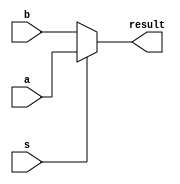
module mux (a,b,s,result);
input a , b , s;
output result;
assign result = (s == 0)?b:a;
endmodule

module barrelshift_left (a,sm,out);
input [24:0] a; // 25 bit input value
input [4:0] sm;// shift magnitude value
output [24:0] out; // output value

wire l1_1,l1_2,l1_3,l1_4,l1_5,l1_6,l1_7,l1_8,l1_9,l1_10,l1_11,l1_12,l1_13,l1_14,l1_15,l1_16,l1_17,l1_18,l1_19,l1_20,l1_21,l1_22,l1_23,l1_24,l1_25;
wire l2_1,l2_2,l2_3,l2_4,l2_5,l2_6,l2_7,l2_8,l2_9,l2_10,l2_11,l2_12,l2_13,l2_14,l2_15,l2_16,l2_17,l2_18,l2_19,l2_20,l2_21,l2_22,l2_23,l2_24,l2_25;
wire l3_1,l3_2,l3_3,l3_4,l3_5,l3_6,l3_7,l3_8,l3_9,l3_10,l3_11,l3_12,l3_13,l3_14,l3_15,l3_16,l3_17,l3_18,l3_19,l3_20,l3_21,l3_22,l3_23,l3_24,l3_25;
wire l4_1,l4_2,l4_3,l4_4,l4_5,l4_6,l4_7,l4_8,l4_9,l4_10,l4_11,l4_12,l4_13,l4_14,l4_15,l4_16,l4_17,l4_18,l4_19,l4_20,l4_21,l4_22,l4_23,l4_24,l4_25;

mux s1(1'b0,a[0],sm[0],l1_1);
mux s2(a[0],a[1],sm[0],l1_2);
mux s3(a[1],a[2],sm[0],l1_3);
mux s4(a[2],a[3],sm[0],l1_4);
mux s5(a[3],a[4],sm[0],l1_5);
mux s6(a[4],a[5],sm[0],l1_6);
mux s7(a[5],a[6],sm[0],l1_7);
mux s8(a[6],a[7],sm[0],l1_8);
mux s9(a[7],a[8],sm[0],l1_9);
mux s10(a[8],a[9],sm[0],l1_10);
mux s11(a[9],a[10],sm[0],l1_11);
mux s12(a[10],a[11],sm[0],l1_12);
mux s13(a[11],a[12],sm[0],l1_13);
mux s14(a[12],a[13],sm[0],l1_14);
mux s15(a[13],a[14],sm[0],l1_15);
mux s16(a[14],a[15],sm[0],l1_16);
mux s17(a[15],a[16],sm[0],l1_17);
mux s18(a[16],a[17],sm[0],l1_18);
mux s19(a[17],a[18],sm[0],l1_19);
mux s20(a[18],a[19],sm[0],l1_20);
mux s21(a[19],a[20],sm[0],l1_21);
mux s22(a[20],a[21],sm[0],l1_22);
mux s23(a[21],a[22],sm[0],l1_23);
mux s24(a[22],a[23],sm[0],l1_24);
mux s25(a[23],a[24],sm[0],l1_25);

mux b1(1'b0,l1_1,sm[1],l2_1);
mux b2(1'b0,l1_2,sm[1],l2_2);
mux b3(l1_1,l1_3,sm[1],l2_3);
mux b4(l1_2,l1_4,sm[1],l2_4);
mux b5(l1_3,l1_5,sm[1],l2_5);
mux b6(l1_4,l1_6,sm[1],l2_6);
mux b7(l1_5,l1_7,sm[1],l2_7);
mux b8(l1_6,l1_8,sm[1],l2_8);
mux b9(l1_7,l1_9,sm[1],l2_9);
mux b10(l1_8,l1_10,sm[1],l2_10);
mux b11(l1_9,l1_11,sm[1],l2_11);
mux b12(l1_10,l1_12,sm[1],l2_12);
mux b13(l1_11,l1_13,sm[1],l2_13);
mux b14(l1_12,l1_14,sm[1],l2_14);
mux b15(l1_13,l1_15,sm[1],l2_15);
mux b16(l1_14,l1_16,sm[1],l2_16);
mux b17(l1_15,l1_17,sm[1],l2_17);
mux b18(l1_16,l1_18,sm[1],l2_18);
mux b19(l1_17,l1_19,sm[1],l2_19);
mux b20(l1_18,l1_20,sm[1],l2_20);
mux b21(l1_19,l1_21,sm[1],l2_21);
mux b22(l1_20,l1_22,sm[1],l2_22);
mux b23(l1_21,l1_23,sm[1],l2_23);
mux b24(l1_22,l1_24,sm[1],l2_24);
mux b25(l1_23,l1_25,sm[1],l2_25);


mux c1(1'b0,l2_1,sm[2],l3_1);
mux c2(1'b0,l2_2,sm[2],l3_2);
mux c3(1'b0,l2_3,sm[2],l3_3);
mux c4(1'b0,l2_4,sm[2],l3_4);
mux c5(l2_1,l2_5,sm[2],l3_5);
mux c6(l2_2,l2_6,sm[2],l3_6);
mux c7(l2_3,l2_7,sm[2],l3_7);
mux c8(l2_4,l2_8,sm[2],l3_8);
mux c9(l2_5,l2_9,sm[2],l3_9);
mux c10(l2_6,l2_10,sm[2],l3_10);
mux c11(l2_7,l2_11,sm[2],l3_11);
mux c12(l2_8,l2_12,sm[2],l3_12);
mux c13(l2_9,l2_13,sm[2],l3_13);
mux c14(l2_10,l2_14,sm[2],l3_14);
mux c15(l2_11,l2_15,sm[2],l3_15);
mux c16(l2_12,l2_16,sm[2],l3_16);
mux c17(l2_13,l2_17,sm[2],l3_17);
mux c18(l2_14,l2_18,sm[2],l3_18);
mux c19(l2_15,l2_19,sm[2],l3_19);
mux c20(l2_16,l2_20,sm[2],l3_20);
mux c21(l2_17,l2_21,sm[2],l3_21);
mux c22(l2_18,l2_22,sm[2],l3_22);
mux c23(l2_19,l2_23,sm[2],l3_23);
mux c24(l2_20,l2_24,sm[2],l3_24);
mux c25(l2_21,l2_25,sm[2],l3_25);

mux d1(1'b0,l3_1,sm[3],l4_1);
mux d2(1'b0,l3_2,sm[3],l4_2);
mux d3(1'b0,l3_3,sm[3],l4_3);
mux d4(1'b0,l3_4,sm[3],l4_4);
mux d5(1'b0,l3_5,sm[3],l4_5);
mux d6(1'b0,l3_6,sm[3],l4_6);
mux d7(1'b0,l3_7,sm[3],l4_7);
mux d8(1'b0,l3_8,sm[3],l4_8);
mux d9(l3_1,l3_9,sm[3],l4_9);
mux d10(l3_2,l3_10,sm[3],l4_10);
mux d11(l3_3,l3_11,sm[3],l4_11);
mux d12(l3_4,l3_12,sm[3],l4_12);
mux d13(l3_5,l3_13,sm[3],l4_13);
mux d14(l3_6,l3_14,sm[3],l4_14);
mux d15(l3_7,l3_15,sm[3],l4_15);
mux d16(l3_8,l3_16,sm[3],l4_16);
mux d17(l3_9,l3_17,sm[3],l4_17);
mux d18(l3_10,l3_18,sm[3],l4_18);
mux d19(l3_11,l3_19,sm[3],l4_19);
mux d20(l3_12,l3_20,sm[3],l4_20);
mux d21(l3_13,l3_21,sm[3],l4_21);
mux d22(l3_14,l3_22,sm[3],l4_22);
mux d23(l3_15,l3_23,sm[3],l4_23);
mux d24(l3_16,l3_24,sm[3],l4_24);
mux d25(l3_17,l3_25,sm[3],l4_25);

mux f1(1'b0,l4_1,sm[4],out[0]);
mux f2(1'b0,l4_2,sm[4],out[1]);
mux f3(1'b0,l4_3,sm[4],out[2]);
mux f4(1'b0,l4_4,sm[4],out[3]);
mux f5(1'b0,l4_5,sm[4],out[4]);
mux f6(1'b0,l4_6,sm[4],out[5]);
mux f7(1'b0,l4_7,sm[4],out[6]);
mux f8(1'b0,l4_8,sm[4],out[7]);
mux f9(1'b0,l4_9,sm[4],out[8]);
mux f10(1'b0,l4_10,sm[4],out[9]);
mux f11(1'b0,l4_11,sm[4],out[10]);
mux f12(1'b0,l4_12,sm[4],out[11]);
mux f13(1'b0,l4_13,sm[4],out[12]);
mux f14(1'b0,l4_14,sm[4],out[13]);
mux f15(1'b0,l4_15,sm[4],out[14]);
mux f16(1'b0,l4_16,sm[4],out[15]);
mux f17(l3_1,l3_17,sm[4],out[16]);
mux f18(l3_2,l3_18,sm[4],out[17]);
mux f19(l3_3,l3_19,sm[4],out[18]);
mux f20(l3_4,l3_20,sm[4],out[19]);
mux f21(l3_5,l3_21,sm[4],out[20]);
mux f22(l3_6,l3_22,sm[4],out[21]);
mux f23(l3_7,l3_23,sm[4],out[22]);
mux f24(l3_8,l3_24,sm[4],out[23]);
mux f25(l3_9,l3_25,sm[4],out[24]);


endmodule

module barrelshift_right(a,sm,out);   

input[23:0] a;//24-bit Input line 
input[4:0] sm; //5 bit Shift magnitude
output[23:0] out; //8-bit Output line 

wire l1_1, l1_2, l1_3, l1_4, l1_5, l1_6, l1_7, l1_8, l1_9, l1_10, l1_11, l1_12, l1_13, l1_14, l1_15, l1_16, l1_17, l1_18, l1_19, l1_20, l1_21, l1_22, l1_23, l1_24;
wire l2_1, l2_2, l2_3, l2_4, l2_5, l2_6, l2_7, l2_8, l2_9, l2_10, l2_11, l2_12, l2_13, l2_14, l2_15, l2_16, l2_17, l2_18, l2_19, l2_20, l2_21, l2_22, l2_23, l2_24;
wire l3_1, l3_2, l3_3, l3_4, l3_5, l3_6, l3_7, l3_8, l3_9, l3_10, l3_11, l3_12, l3_13, l3_14, l3_15, l3_16, l3_17, l3_18, l3_19, l3_20, l3_21, l3_22, l3_23, l3_24;
wire l4_1, l4_2, l4_3, l4_4, l4_5, l4_6, l4_7, l4_8, l4_9, l4_10, l4_11, l4_12, l4_13, l4_14, l4_15, l4_16, l4_17, l4_18, l4_19, l4_20, l4_21, l4_22, l4_23, l4_24;


mux m1(a[1], a[0], sm[0], l1_1);
mux m2(a[2], a[1], sm[0], l1_2);
mux m3(a[3], a[2], sm[0], l1_3);
mux m4(a[4], a[3], sm[0], l1_4);
mux m5(a[5], a[4], sm[0], l1_5);
mux m6(a[6], a[5], sm[0], l1_6);
mux m7(a[7], a[6], sm[0], l1_7);
mux m8(a[8], a[7], sm[0], l1_8);
mux m9(a[9], a[8], sm[0], l1_9);
mux m10(a[10], a[9], sm[0], l1_10);
mux m11(a[11], a[10], sm[0], l1_11);
mux m12(a[12], a[11], sm[0], l1_12);
mux m13(a[13], a[12], sm[0], l1_13);
mux m14(a[14], a[13], sm[0], l1_14);
mux m15(a[15], a[14], sm[0], l1_15);
mux m16(a[16], a[15], sm[0], l1_16);
mux m17(a[17], a[16], sm[0], l1_17);
mux m18(a[18], a[17], sm[0], l1_18);
mux m19(a[19], a[18], sm[0], l1_19);
mux m20(a[20], a[19], sm[0], l1_20);
mux m21(a[21], a[20], sm[0], l1_21);
mux m22(a[22], a[21], sm[0], l1_22);
mux m23(a[23], a[22], sm[0], l1_23);
mux m24(1'b0, a[23], sm[0], l1_24);

mux u1(l1_3, l1_1, sm[1], l2_1);
mux u2(l1_4, l1_2, sm[1], l2_2);
mux u3(l1_5, l1_3, sm[1], l2_3);
mux u4(l1_6, l1_4, sm[1], l2_4);
mux u5(l1_7, l1_5, sm[1], l2_5);
mux u6(l1_8, l1_6, sm[1], l2_6);
mux u7(l1_9, l1_7, sm[1], l2_7);
mux u8(l1_10, l1_8, sm[1], l2_8);
mux u9(l1_11, l1_9, sm[1], l2_9);
mux u10(l1_12, l1_10, sm[1], l2_10);
mux u11(l1_13, l1_11, sm[1], l2_11);
mux u12(l1_14, l1_12, sm[1], l2_12);
mux u13(l1_15, l1_13, sm[1], l2_13);
mux u14(l1_16, l1_14, sm[1], l2_14);
mux u15(l1_17, l1_15, sm[1], l2_15);
mux u16(l1_18, l1_16, sm[1], l2_16);
mux u17(l1_19, l1_17, sm[1], l2_17);
mux u18(l1_20, l1_18, sm[1], l2_18);
mux u19(l1_21, l1_19, sm[1], l2_19);
mux u20(l1_22, l1_20, sm[1], l2_20);
mux u21(l1_23, l1_21, sm[1], l2_21);
mux u22(l1_24, l1_22, sm[1], l2_22);
mux u23(1'b0, l1_23, sm[1], l2_23);
mux u24(1'b0, l1_24, sm[1], l2_24);

mux v1(l2_5, l2_1, sm[2], l3_1);
mux v2(l2_6, l2_2, sm[2], l3_2);
mux v3(l2_7, l2_3, sm[2], l3_3);
mux v4(l2_8, l2_4, sm[2], l3_4);
mux v5(l2_9, l2_5, sm[2], l3_5);
mux v6(l2_10, l2_6, sm[2], l3_6);
mux v7(l2_11, l2_7, sm[2], l3_7);
mux v8(l2_12, l2_8, sm[2], l3_8);
mux v9(l2_13, l2_9, sm[2], l3_9);
mux v10(l2_14, l2_10, sm[2], l3_10);
mux v11(l2_15, l2_11, sm[2], l3_11);
mux v12(l2_16, l2_12, sm[2], l3_12);
mux v13(l2_17, l2_13, sm[2], l3_13);
mux v14(l2_18, l2_14, sm[2], l3_14);
mux v15(l2_19, l2_15, sm[2], l3_15);
mux v16(l2_20, l2_16, sm[2], l3_16);
mux v17(l2_21, l2_17, sm[2], l3_17);
mux v18(l2_22, l2_18, sm[2], l3_18);
mux v19(l2_23, l2_19, sm[2], l3_19);
mux v20(l2_24, l2_20, sm[2], l3_20);
mux v21(1'b0, l2_21, sm[2], l3_21);
mux v22(1'b0, l2_22, sm[2], l3_22);
mux v23(1'b0, l2_23, sm[2], l3_23);
mux v24(1'b0, l2_24, sm[2], l3_24);

mux x1(l3_9, l3_1, sm[3], l4_1);
mux x2(l3_10, l3_2, sm[3], l4_2);
mux x3(l3_11, l3_3, sm[3], l4_3);
mux x4(l3_12, l3_4, sm[3], l4_4);
mux x5(l3_13, l3_5, sm[3], l4_5);
mux x6(l3_14, l3_6, sm[3], l4_6);
mux x7(l3_15, l3_7, sm[3], l4_7);
mux x8(l3_16, l3_8, sm[3], l4_8);
mux x9(l3_17, l3_9, sm[3], l4_9);
mux x10(l3_18, l3_10, sm[3], l4_10);
mux x11(l3_19, l3_11, sm[3], l4_11);
mux x12(l3_20, l3_12, sm[3], l4_12);
mux x13(l3_21, l3_13, sm[3], l4_13);
mux x14(l3_22, l3_14, sm[3], l4_14);
mux x15(l3_23, l3_15, sm[3], l4_15);
mux x16(l3_24, l3_16, sm[3], l4_16);
mux x17(1'b0, l3_17, sm[3], l4_17);
mux x18(1'b0, l3_18, sm[3], l4_18);
mux x19(1'b0, l3_19, sm[3], l4_19);
mux x20(1'b0, l3_20, sm[3], l4_20);
mux x21(1'b0, l3_21, sm[3], l4_21);
mux x22(1'b0, l3_22, sm[3], l4_22);
mux x23(1'b0, l3_23, sm[3], l4_23);
mux x24(1'b0, l3_24, sm[3], l4_24);

mux f1(l4_17,l4_1,sm[4],out[0]);
mux f2(l4_18,l4_2,sm[4],out[1]);
mux f3(l4_19,l4_3,sm[4],out[2]);
mux f4(l4_20,l4_4,sm[4],out[3]);
mux f5(l4_21,l4_5,sm[4],out[4]);
mux f6(l4_22,l4_6,sm[4],out[5]);
mux f7(l4_23,l4_7,sm[4],out[6]);
mux f8(l4_24,l4_8,sm[4],out[7]);
mux f9(1'b0,l4_9,sm[4],out[8]);
mux f10(1'b0,l4_10,sm[4],out[9]);
mux f11(1'b0,l4_11,sm[4],out[10]);
mux f12(1'b0,l4_12,sm[4],out[11]);
mux f13(1'b0,l4_13,sm[4],out[12]);
mux f14(1'b0,l4_14,sm[4],out[13]);
mux f15(1'b0,l4_15,sm[4],out[14]);
mux f16(1'b0,l4_16,sm[4],out[15]);
mux f17(1'b0,l4_17,sm[4],out[16]);
mux f18(1'b0,l4_18,sm[4],out[17]);
mux f19(1'b0,l4_19,sm[4],out[18]);
mux f20(1'b0,l4_20,sm[4],out[19]);
mux f21(1'b0,l4_21,sm[4],out[20]);
mux f22(1'b0,l4_22,sm[4],out[21]);
mux f23(1'b0,l4_23,sm[4],out[22]);
mux f24(1'b0,l4_24,sm[4],out[23]);

endmodule